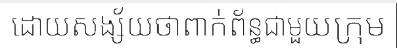
ដោយសង្ស័យថាពាក់ព័ន្ធជាមួយក្រុម